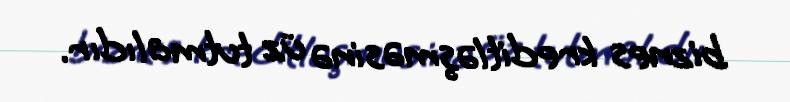
biznes kreditləşməsinə üz tutmalıdır.